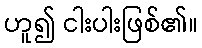
ဟူ၍ ငါးပါးဖြစ်၏။